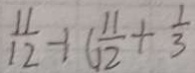
\frac { 1 1 } { 1 2 } + ( \frac { 1 1 } { 1 2 } + \frac { 1 } { 3 }